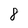
Character: 8